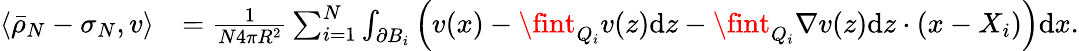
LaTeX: \begin{array}{rl}{\langle\bar{\rho}_{N}-\sigma_{N},v\rangle}&{=\frac{1}{N4\pi R^{2}}\sum_{i=1}^{N}\int_{\partial B_{i}}\left(v(x)-\fint_{Q_{i}}v(z){\mathrm{d}}z-\fint_{Q_{i}}\nabla v(z){\mathrm{d}}z\cdot(x-X_{i})\right)\mathrm{d}x.}\end{array}